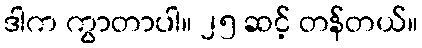
ဒါက ကွာတာပါ။ ၂၅ ဆင့် တန်တယ်။